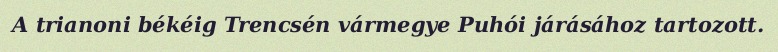
A trianoni békéig Trencsén vármegye Puhói járásához tartozott.